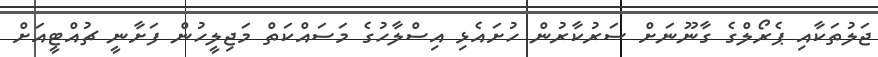
ޖަލުތަކާއި ޕެރޯލްގެ ގާނޫނަށް ސަރުކާރުން ހުށައެޅި އިސްލާހުގެ މަސައްކަތް މަޖިލީހުން ފަށާނީ ޗުއްޓީއަށް